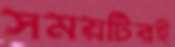
সময়টিরই